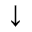
\downarrow